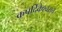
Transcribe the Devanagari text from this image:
कपर्दिकेश्वराचे